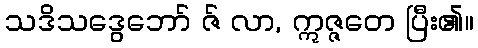
သဒိသဒွေဘော် ဇ် လာ, ဣဇ္ဇတေ ပြီး၏။